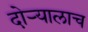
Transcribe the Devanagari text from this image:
दोऱ्यालाच